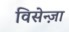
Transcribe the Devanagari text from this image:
विसेन्ज़ा